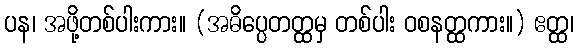
ပန၊ အဖို့တစ်ပါးကား။ (အဓိပ္ပေတတ္ထမှ တစ်ပါး ဝစနတ္ထကား။) ဧတ္ထ၊